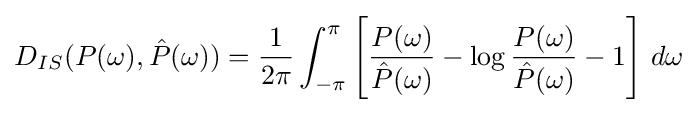
D_{IS}(P(\omega ),{\hat {P}}(\omega ))={\frac {1}{2\pi }}\int _{-\pi }^{\pi }\left[{\frac {P(\omega )}{{\hat {P}}(\omega )}}-\log {\frac {P(\omega )}{{\hat {P}}(\omega )}}-1\right]\,d\omega